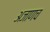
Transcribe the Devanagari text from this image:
अजाणच